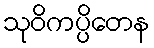
သုဝိကပ္ပိတေန